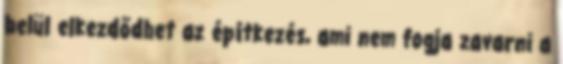
belül elkezdődhet az építkezés, ami nem fogja zavarni a